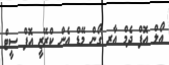
އޯލް އޮފް ދެމް އާރ ގޯން މޭޑް އެން ކްރޭޒީ އޮފް ސީޓް